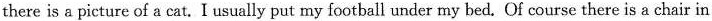
there is a picture of a cat. I usually put my football under my bed. Of course there is a chair in